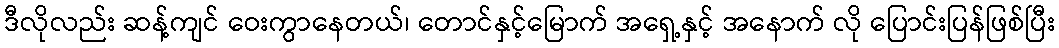
ဒီလိုလည်း ဆန့်ကျင် ဝေးကွာနေတယ်၊ တောင်နှင့်မြောက် အရှေ့နှင့် အနောက် လို ပြောင်းပြန်ဖြစ်ပြီး